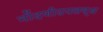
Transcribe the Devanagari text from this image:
नोंदणीउपलब्ध